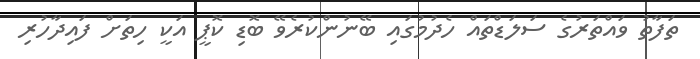
ތަފާތު ވައްތަރުގެ ސަލަޑްތައް ހެދުމުގައި ބޭނުންކުރެވޭ ބޮޑި ކޮޕީ އަކީ ހިތަށް ފައިދާހުރި